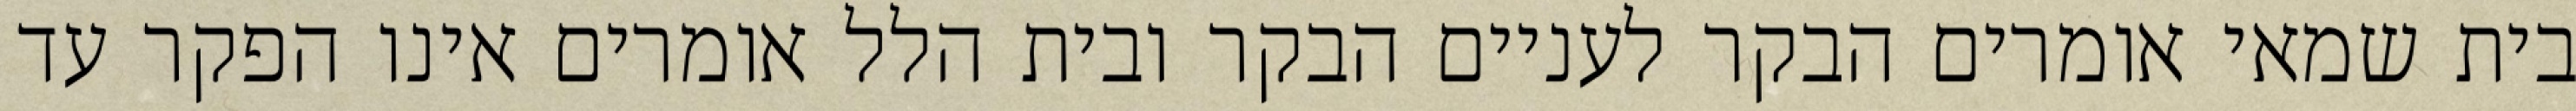
בית שמאי אומרים הבקר לעניים הבקר ובית הלל אומרים אינו הפקר עד